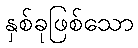
နှစ်ခုဖြစ်သော